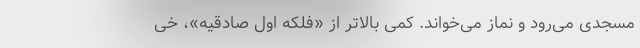
مسجدی می‌رود و نماز می‌خواند. کمی بالاتر از «فلکه اول صادقیه»، خی